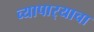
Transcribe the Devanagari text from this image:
व्यापार्‍याचा